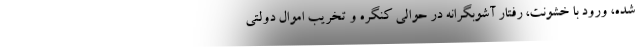
شده، ورود با خشونت، رفتار آشوبگرانه در حوالی کنگره و تخریب اموال دولتی